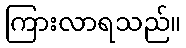
ကြားလာရသည်။